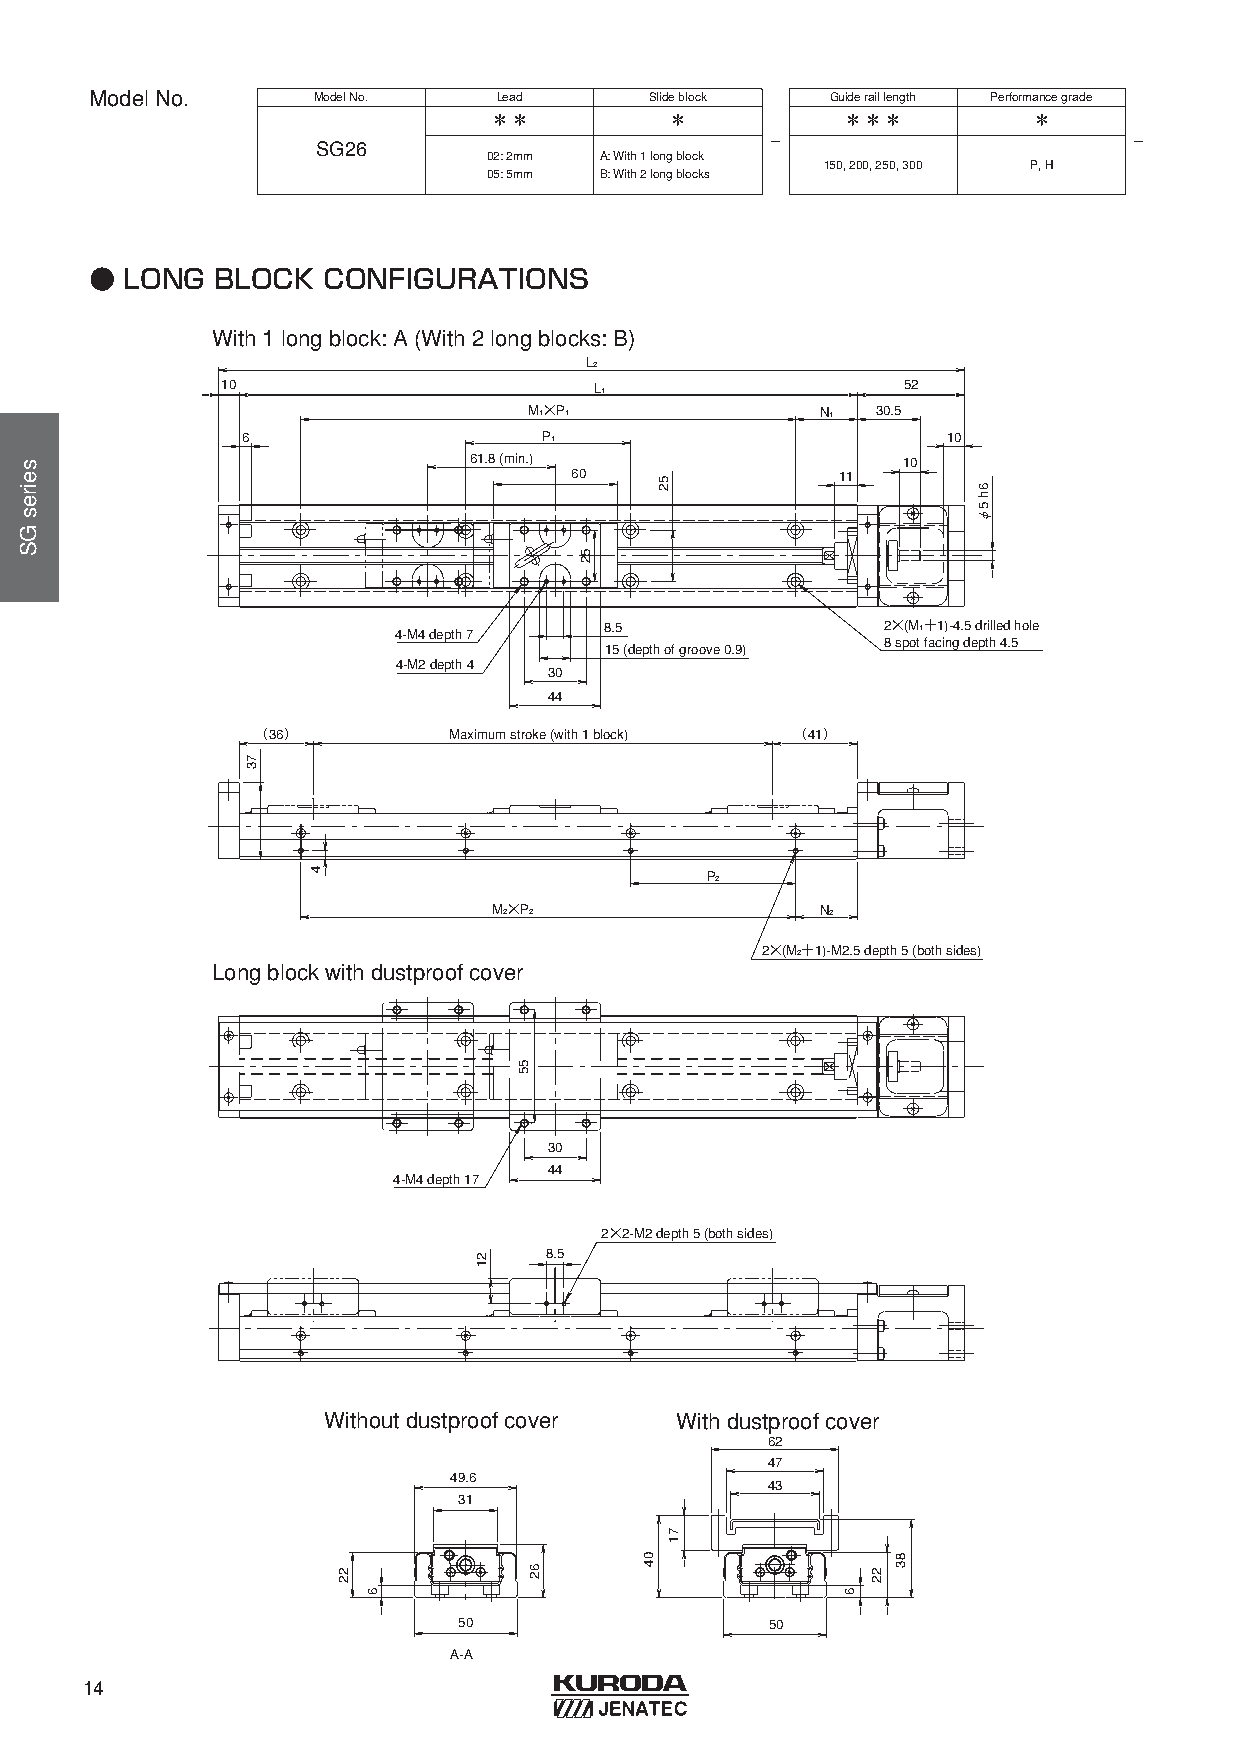
ModelNo.       ModelNo.    Lead      Slideblock  Guideraillength Performancegrade
 ＊＊          ＊           ＊＊＊         ＊
 -                       -
 SG26
 02: 2mm A: With1 longblock
 150, 200, 250, 300 P, H
 05: 5mm B: With2 longblocks
 ● LONG  BLOCK  CONFIGURATIONS
 With 1 long block: A (With 2 long blocks: B)
 L2
 10                      L1                   52
 M1×P1              N1  30.5
 6                   P1                         10
 61.8 (min.)                  10
 60               11
 4-M4 depth 7
 8.5                2×(M1＋1)-4.5 drilled hole
 8 spot facing depth 4.5
 15 (depth of groove 0.9)
 4-M2 depth 4
 30
 44
 （36）         Maximum stroke (with 1 block) （41）
 P2
 M2×P2                N2
 2×(M2＋1)-M2.5 depth 5 (both sides)
 Long block with dustproof cover
 30
 44
 4-M4 depth 17
 2×2-M2 depth 5 (both sides)
 8.5
 Without dustproof cover With dustproof cover
 62
 47
 49.6
 43
 31
 50                   50
 A-A
 14
 seiresGS
 73
 4
 22
 6
 21
 55
 62
 52
 04
 52
 71
 6
 22
 83
 6h
 5φ